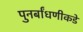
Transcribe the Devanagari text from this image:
पुनर्बांधणीकडे